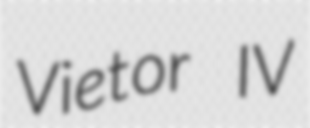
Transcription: Vietor IV